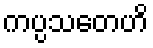
ကပ္ပသတေဟိ